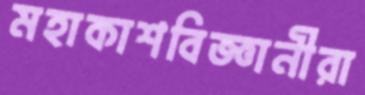
মহাকাশবিজ্ঞানীরা